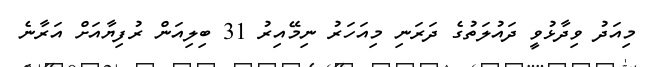
މިއަދު ވިދާޅުވީ ދައުލަތުގެ ދަރަނި މިއަހަރު ނިމޭއިރު 31 ބިލިއަން ރުފިޔާއަށް އަރާނެ